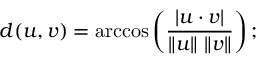
d ( u , v ) = \operatorname { a r c c o s } \left( { \frac { | u \cdot v | } { \| u \| \ \| v \| } } \right) ;